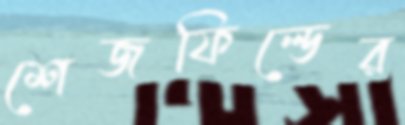
শেজফিল্ডের